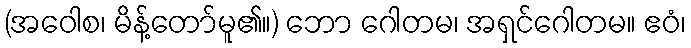
(အဝေါစ၊ မိန့်တော်မူ၏။) ဘော ဂေါတမ၊ အရှင်ဂေါတမ။ ဧဝံ၊